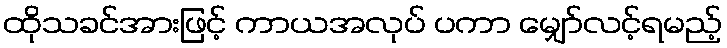
ထိုသခင်အားဖြင့် ကာယအလုပ် ပကာ မျှော်လင့်ရမည့်